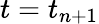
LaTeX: t=t_{n+1}